Annual administration report of the Civil Veterinary Department of India - 1897-1898
Year: 1897
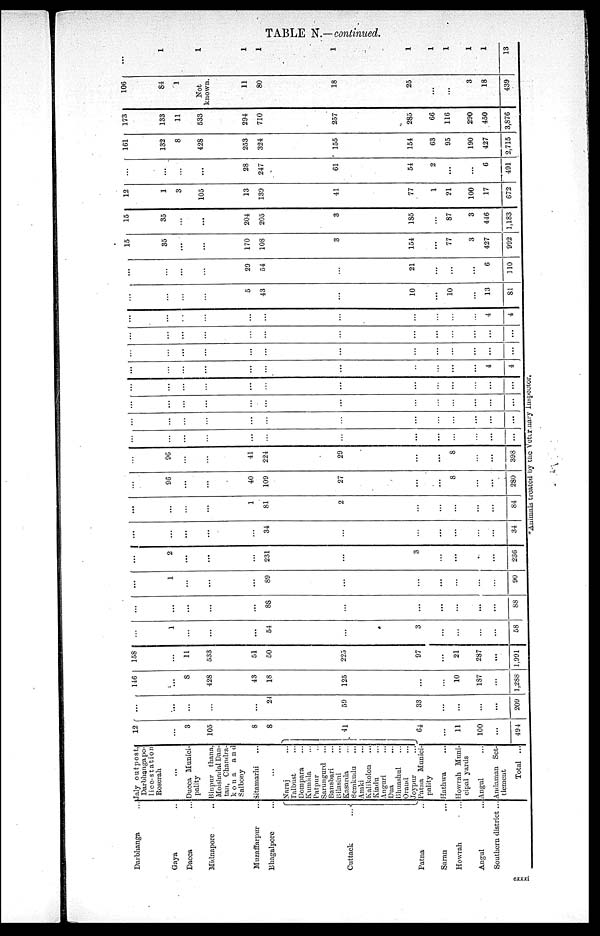
TABLE N.—continued.
Darbhanga ...
Gaya ...
Dacca ...
Midnapore ...
Muzaffarpur ...
Bhagalpore ...
Cuttack ...
Patna ...
Saran ...
Howrah ...
Angul ...
Southern district ...
Jaly outpost,
Darbhanga po-
lice-station
Roserah
...
Ducca Munici-
pality
Binpur thana.
Moishadal Dan-
tan, Chandra-
kona
and
Salbony
Sitamarhi ...
...
Naraj ...
Talbust ...
Dompara ...
Kumida ...
Patpur ...
Sarungurd ...
Bansbari ...
Bilasini ...
Kasarda ...
Bemkudu ...
Amki ...
Kalikolon ...
Kiadu ...
Anguri ...
Dua ...
Bhuashul ...
Orand ...
Joypur ...
Patna Munici-
pality
Hathwa ...
Howrah Muni-
cipal yards
Angul ...
Andaman Set-
tlement
Total ...
12
...
3
105
8
8
41
64
...
11
100
...
494
...
...
...
...
...
24
59
33
...
...
...
...
209
146
...
8
428
43
18
125
...
...
10
18
...
1,288
158
...
11
533
51
50
225
97
...
21
287
...
1,991
...
1
...
...
...
54
...
3
...
...
...
...
58
...
...
...
...
88
...
...
...
...
...
...
88
...
1
...
...
...
89
...
...
...
...
...
...
90
...
2
...
...
...
231
...
3
...
...
...
...
236
...
...
...
...
34
...
...
...
...
...
...
34
...
...
...
1
81
2
...
...
...
...
...
84
...
96
...
...
40
109
27
...
...
8
...
...
280
...
96
...
41
224
29
...
...
8
...
...
398
...
...
...
...
...
...
...
...
...
...
...
...
...
...
...
...
...
...
...
...
...
...
...
...
...
...
...
...
...
...
...
...
...
...
...
...
...
...
...
...
...
...
...
...
...
...
...
...
...
...
...
...
...
...
...
...
...
...
4
4
...
...
...
...
...
...
...
...
...
...
...
...
...
...
...
...
...
...
...
...
...
...
...
...
...
...
...
...
...
...
...
...
...
...
4
4
...
...
...
5
43
...
10
...
10
...
13
81
...
...
...
29
54
...
21
...
...
...
6
110
15
35
...
170
108
3
154
...
77
3
427
992
15
35
...
...
204
205
3
185
...
87
3
446
1,183
12
1
3
105
13
139
41
77
1
21
100
17
672
...
...
...
...
28
247
61
54
2
...
...
6
491
161
132
8
428
253
324
155
154
63
95
190
427
2.715
173
133
11
533
294
710
257
285
66
116
290
450
3,876
106
84
1
Not
known
11
80
18
25
...
...
3
18
439
...
1
1
1
1
1
1
1
1
1
1
13
*Animals treated by the Veterinary Inspector.
cxxxi